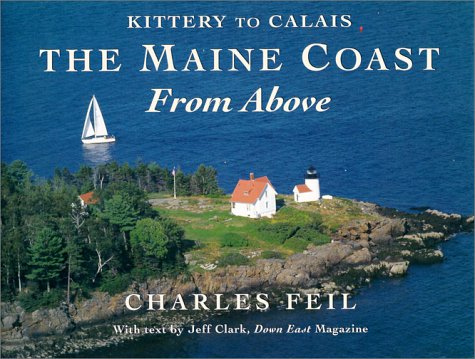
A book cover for The Maine Coast From Above: Kittery to Calais; Charles Feil; Travel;